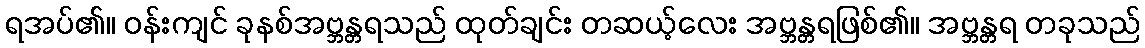
ရအပ်၏။ ဝန်းကျင် ခုနစ်အဗ္ဘန္တရသည် ထုတ်ချင်း တဆယ့်လေး အဗ္ဘန္တရဖြစ်၏။ အဗ္ဘန္တရ တခုသည်